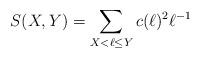
LaTeX: \begin{align*} S(X,Y)=\sum_{X<\ell\le Y} c(\ell)^2 \ell^{-1}\end{align*}